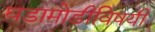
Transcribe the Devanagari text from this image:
घडामोडीविषयी